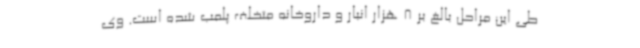
طی این مراحل بالغ بر 8 هزار انبار و داروخانه متخلف پلمب شده است. وی